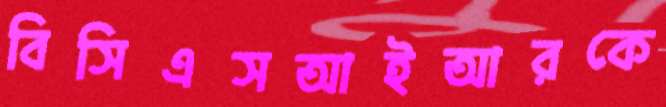
বিসিএসআইআরকে